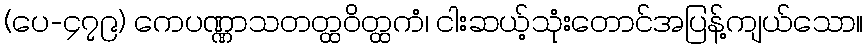
(ပေ-၄၇၉) ကေပဏ္ဏာသတတ္ထဝိတ္ထကံ၊ ငါးဆယ့်သုံးတောင်အပြန့်ကျယ်သော။